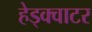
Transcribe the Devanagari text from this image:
हेड्क्वाटर